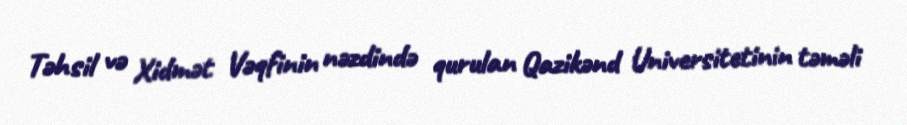
Təhsil və Xidmət Vəqfinin nəzdində qurulan Qazikənd Universitetinin təməli